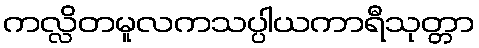
ကလ္လိတမူလကသပ္ပါယကာရီသုတ္တာ